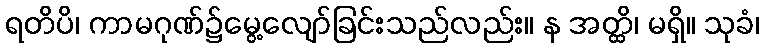
ရတိပိ၊ ကာမဂုဏ်၌မွေ့လျော်ခြင်းသည်လည်း။ န အတ္ထိ၊ မရှိ။ သုခံ၊